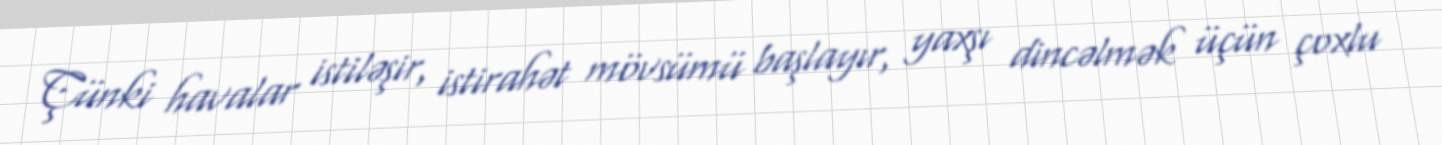
Çünki havalar istiləşir, istirahət mövsümü başlayır, yaxşı dincəlmək üçün çoxlu